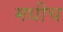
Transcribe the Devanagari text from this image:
मधीच